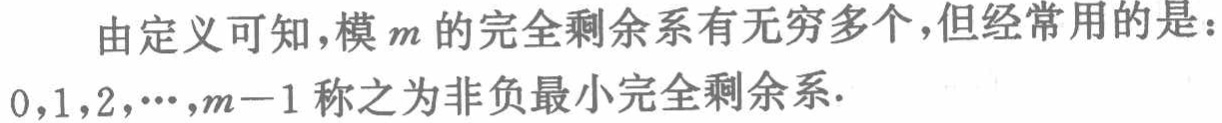
由定义可知，模\(m\)的完全剩余系有无穷多个，但经常用的是：\(0,1,2,\cdots,m - 1\)称之为非负最小完全剩余系.